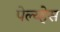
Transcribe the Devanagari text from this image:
पेल्य्हेस